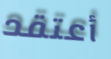
أعتقد